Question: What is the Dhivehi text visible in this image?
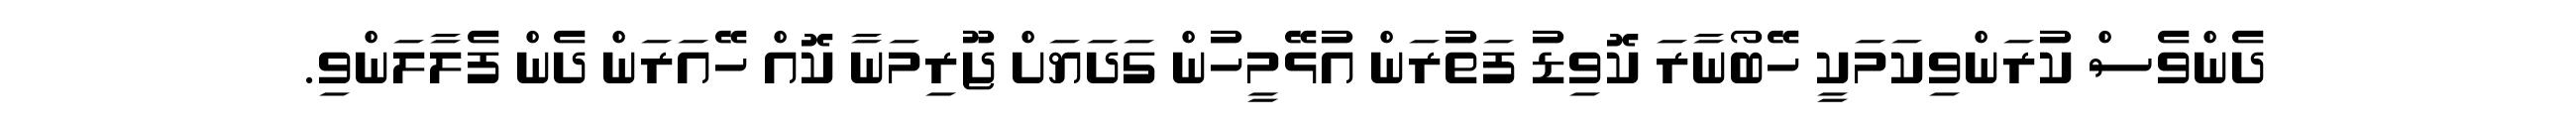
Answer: ދެންވެސް ކުރަންވިކަމަކީ ހޭބޯނާރަ ކޮވިޑު ފަތުރަން އުޅޭމީހުން ގަދަޔަށް ޖޫރިމަނާ ކޮއް ހޭއަރަން ދެން ފެލާލަންވި.